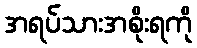
အရပ်သားအစိုးရကို